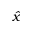
\hat { x }